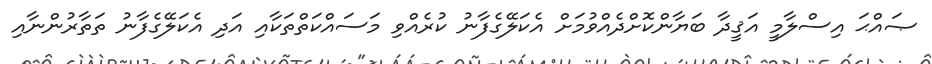
ޞައްޙަ އިސްލާމީ އަޤީދާ ބަޔާންކޮށްދެއްވުމަށް އެކަލޭގެފާނު ކުރެއްވި މަސައްކަތްތަކާއި އަދި އެކަލޭގެފާނު ތަތާރުންނާއި